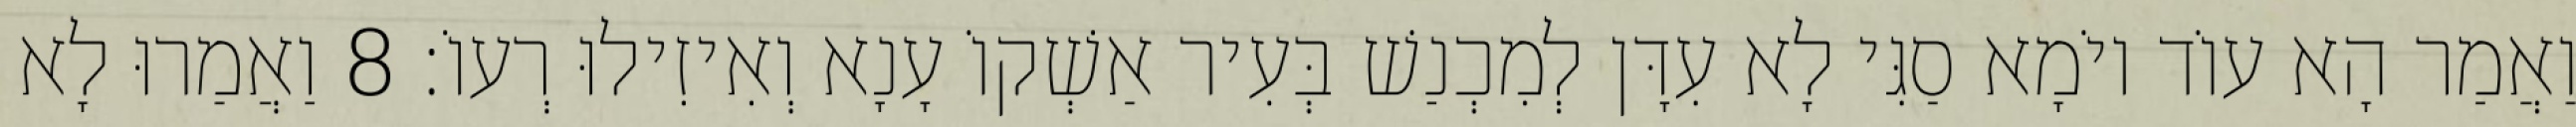
וַאֲמַר הָא עוֹד יוֹמָא סַגִּי לָא עִדָּן לְמִכְנַשׁ בְּעִיר אַשְׁקוֹ עָנָא וְאִיזִילוּ רְעוֹ׃ 8 וַאֲמַרוּ לָא